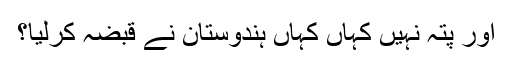
اور پتہ نہیں کہاں کہاں ہندوستان نے قبضہ کرلیا؟